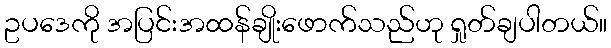
ဥပဒေကို အပြင်းအထန်ချိုးဖောက်သည်ဟု ရှုတ်ချပါတယ်။